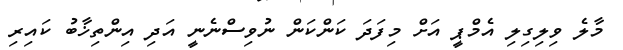
މާލެ ވިލިގިލި އެމްޕީ އަށް މިފަދަ ކަންކަން ނުވިސްނެނީ އަދި އިންތިޚާބު ކައިރި